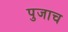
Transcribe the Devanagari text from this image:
पुजाच